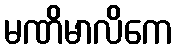
မဏိမာလိကေ